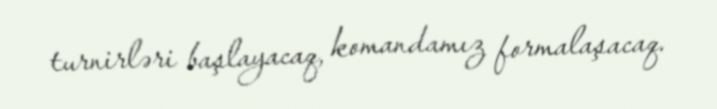
turnirləri başlayacaq, komandamız formalaşacaq.